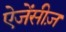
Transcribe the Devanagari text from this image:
ऐजेंसीज़